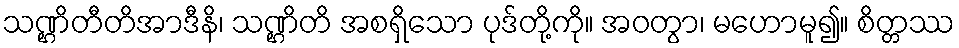
သဏ္ဌိတီတိအာဒီနိ၊ သဏ္ဌိတိ အစရှိသော ပုဒ်တို့ကို။ အဝတွာ၊ မဟောမူ၍။ စိတ္တဿ